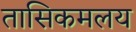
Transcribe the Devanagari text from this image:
तासिकमलय